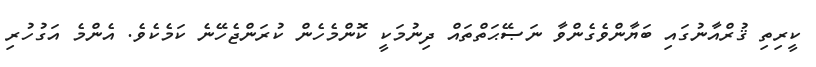
ކީރިތި ޤުރްއާނުގައި ބަޔާންވެގެންވާ ނަޞޭޙަތްތައް ދިނުމަކީ ކޮންމެހެން ކުރަންޖެހޭނެ ކަމެކެވެ. އެންމެ އަގުހުރި